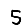
Digit: 5